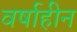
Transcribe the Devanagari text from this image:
वर्षाहीन